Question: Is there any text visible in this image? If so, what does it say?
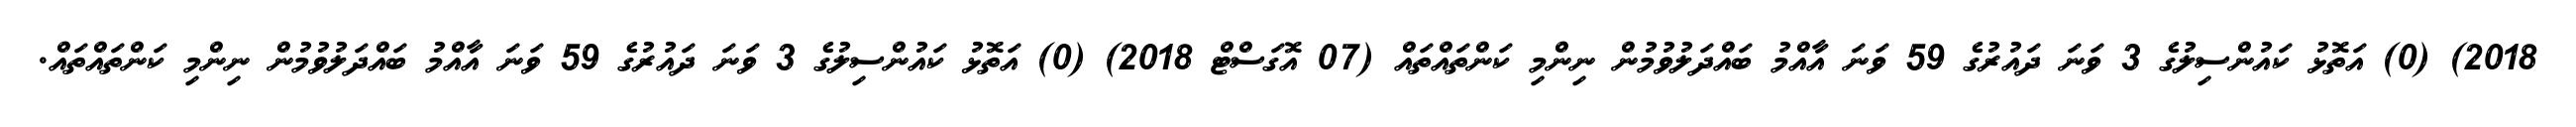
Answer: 2018) (0) އަތޮޅު ކައުންސިލުގެ 3 ވަނަ ދައުރުގެ 59 ވަނަ އާއްމު ބައްދަލުވުމުން ނިންމި ކަންތައްތައް (07 އޮގަސްޓް 2018) (0) އަތޮޅު ކައުންސިލުގެ 3 ވަނަ ދައުރުގެ 59 ވަނަ އާއްމު ބައްދަލުވުމުން ނިންމި ކަންތައްތައް.